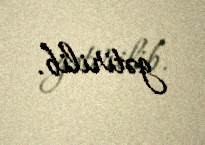
gətirilib.